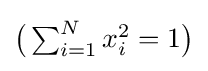
{\textstyle {\bigl (}\sum _{i=1}^{N}x_{i}^{2}=1{\bigr )}}